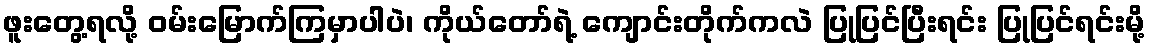
ဖူးတွေ့ရလို့ ဝမ်းမြောက်ကြမှာပါပဲ၊ ကိုယ်တော်ရဲ့ ကျောင်းတိုက်ကလဲ ပြုပြင်ပြီးရင်း ပြုပြင်ရင်းမို့